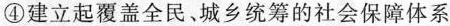
④建立起覆盖全民﹑城乡统筹的社会保障体系